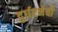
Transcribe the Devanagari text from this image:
दुर्घटनेची